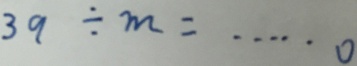
3 9 \div m = \cdots 0